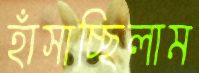
হাঁসাচ্ছিলাম